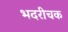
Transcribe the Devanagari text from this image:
भदरीचक